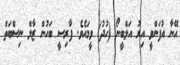
އޭނާ އުފަންވީ އިރު އަލްބީނޯ (ހުދު) ވީމައެވެ. ފާރިސީ ބަހުން ޒާލް ނިސްބަތް